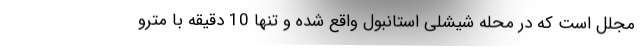
مجلل است که در محله شیشلی استانبول واقع شده و تنها 10 دقیقه با مترو